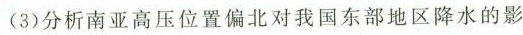
(3)分析南亚高压位置偏北对我国东部地区降水的影